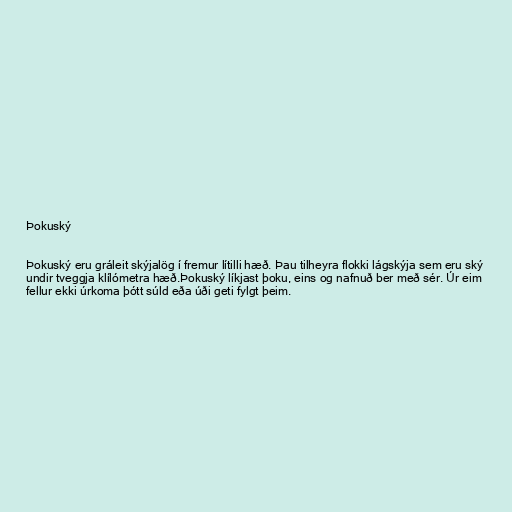
Þokuský

Þokuský eru gráleit skýjalög í fremur lítilli hæð. Þau tilheyra flokki lágskýja sem eru ský
undir tveggja klílómetra hæð.Þokuský líkjast þoku, eins og nafnuð ber með sér. Úr eim
fellur ekki úrkoma þótt súld eða úði geti fylgt þeim.